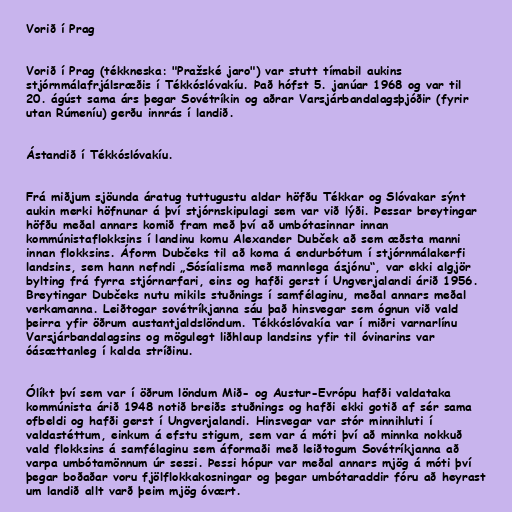
Vorið í Prag

Vorið í Prag (tékkneska: "Pražské jaro") var stutt tímabil aukins
stjórnmálafrjálsræðis í Tékkóslóvakíu. Það hófst 5. janúar 1968 og var til
20. ágúst sama árs þegar Sovétríkin og aðrar Varsjárbandalagsþjóðir (fyrir
utan Rúmeníu) gerðu innrás í landið.

Ástandið í Tékkóslóvakíu.

Frá miðjum sjöunda áratug tuttugustu aldar höfðu Tékkar og Slóvakar sýnt
aukin merki höfnunar á því stjórnskipulagi sem var við lýði. Þessar breytingar
höfðu meðal annars komið fram með því að umbótasinnar innan
kommúnistaflokksins í landinu komu Alexander Dubček að sem æðsta manni
innan flokksins. Áform Dubčeks til að koma á endurbótum í stjórnmálakerfi
landsins, sem hann nefndi „Sósíalisma með mannlega ásjónu“, var ekki algjör
bylting frá fyrra stjórnarfari, eins og hafði gerst í Ungverjalandi árið 1956.
Breytingar Dubčeks nutu mikils stuðnings í samfélaginu, meðal annars meðal
verkamanna. Leiðtogar sovétríkjanna sáu það hinsvegar sem ógnun við vald
þeirra yfir öðrum austantjaldslöndum. Tékkóslóvakía var í miðri varnarlínu
Varsjárbandalagsins og mögulegt liðhlaup landsins yfir til óvinarins var
óásættanleg í kalda stríðinu.

Ólíkt því sem var í öðrum löndum Mið- og Austur-Evrópu hafði valdataka
kommúnista árið 1948 notið breiðs stuðnings og hafði ekki gotið af sér sama
ofbeldi og hafði gerst í Ungverjalandi. Hinsvegar var stór minnihluti í
valdastéttum, einkum á efstu stigum, sem var á móti því að minnka nokkuð
vald flokksins á samfélaginu sem áformaði með leiðtogum Sovétríkjanna að
varpa umbótamönnum úr sessi. Þessi hópur var meðal annars mjög á móti því
þegar boðaðar voru fjölflokkakosningar og þegar umbótaraddir fóru að heyrast
um landið allt varð þeim mjög óvært.